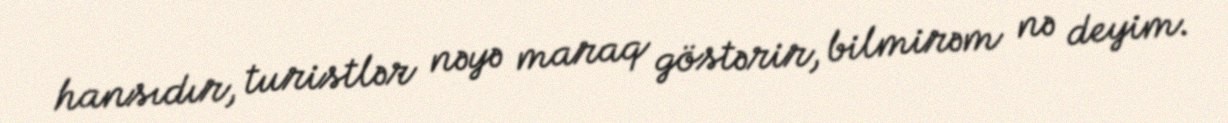
hansıdır, turistlər nəyə maraq göstərir, bilmirəm nə deyim.